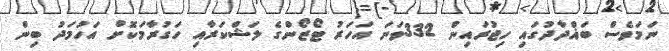
ނަމަވެސް ބަޣްދާދުގައި ހިޖުރައިން 332ވަނަ އަހަރު ޓޯޒޯންގެ ލަޝްކަރާއި ހަގުރާމަކޮށް އަހުމަދު ބިން